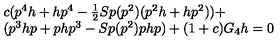
\begin{array} { l } { c ( p ^ { 4 } h + h p ^ { 4 } - \frac { 1 } { 2 } S p ( p ^ { 2 } ) ( p ^ { 2 } h + h p ^ { 2 } ) ) + } \\ { ( p ^ { 3 } h p + p h p ^ { 3 } - S p ( p ^ { 2 } ) p h p ) + ( 1 + c ) G _ { 4 } h = 0 } \\ \end{array}